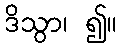
ဒိသွာ၊ ၍။